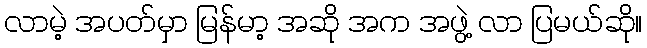
လာမဲ့ အပတ်မှာ မြန်မာ့ အဆို အက အဖွဲ့ လာ ပြမယ်ဆို။